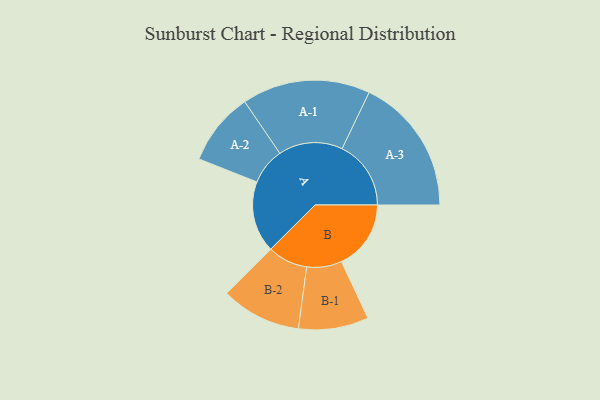
{"axis": {"x": "Segment", "y": "Value"}, "legend": ["", "A", "B"], "data": [{"x": "A", "y": 240, "type": ""}, {"x": "B", "y": 234, "type": ""}, {"x": "A-1", "y": 216, "type": "A"}, {"x": "A-2", "y": 123, "type": "A"}, {"x": "A-3", "y": 232, "type": "A"}, {"x": "B-1", "y": 118, "type": "B"}, {"x": "B-2", "y": 135, "type": "B"}]}